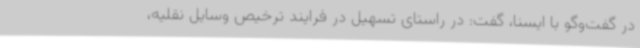
در گفت‌وگو با ایسنا، گفت: در راستای تسهیل در فرایند ترخیص وسایل نقلیه،